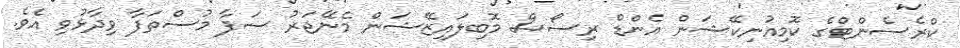
ކްރެސެންޓްގެ ކޮމިއުނިކޭޝަން އެންޑް ރިސޯސް މޮބިލަައިޒޭޝަން މެނޭޖަރު ސަފާ މުސްތަފާ ވިދާޅުވި އެވެ.